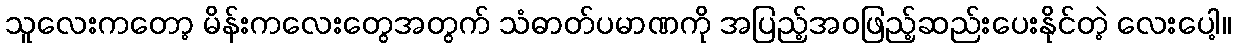
သူလေးကတော့ မိန်းကလေးတွေအတွက် သံဓာတ်ပမာဏကို အပြည့်အဝဖြည့်ဆည်းပေးနိုင်တဲ့ လေးပေါ့။